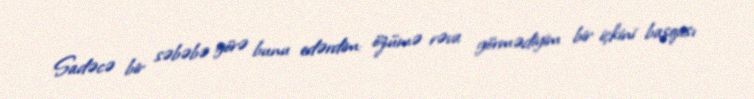
Sadəcə bir səbəbə görə bunu edərdim: özümə rəva görmədiyim bir içkini başqası